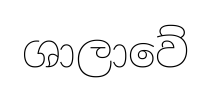
ශාලාවේ